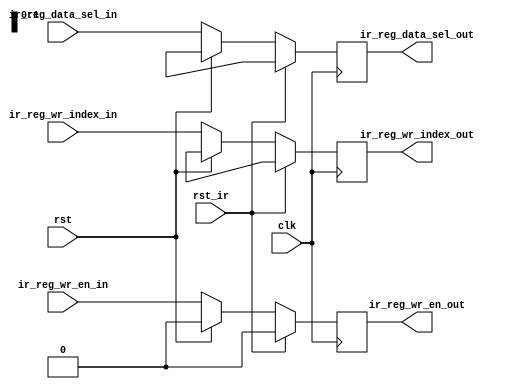
module ir_reg_file(
	input clk,
   input rst_ir,
	input rst,
	input [4:0] ir_reg_wr_index_in,
   input ir_reg_wr_en_in,
	input [1:0]ir_reg_data_sel_in,
  	output [4:0] ir_reg_wr_index_out,
	output [1:0] ir_reg_data_sel_out,
   output ir_reg_wr_en_out
   );

	reg [4:0] wr_index_reg;
	reg wr_en_reg;
	reg [1:0] data_sel_reg;
	
	assign ir_reg_wr_index_out=wr_index_reg;
	assign ir_reg_wr_en_out=wr_en_reg;
	assign ir_reg_data_sel_out=data_sel_reg;
	
	always@(posedge clk)
	begin
		if(rst_ir)
		begin
			wr_index_reg<=5'bx;
			wr_en_reg<=1'b0;
			data_sel_reg<=2'bxx;
		end
		
		else if(rst)
		begin
		   wr_index_reg<=5'bx;
			wr_en_reg<=1'b0;
			data_sel_reg<=2'bxx;
		end
		
		else
		begin
			wr_index_reg<=ir_reg_wr_index_in;
			wr_en_reg<=ir_reg_wr_en_in;
			data_sel_reg<=ir_reg_data_sel_in;
		end
	end

endmodule